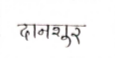
मजकूर: दानशूर